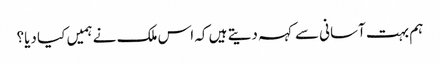
ہم بہت آسانی سے کہہ دیتے ہیں کہ اس ملک نے ہمیں کیا دیا؟